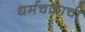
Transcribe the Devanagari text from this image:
धर्मचक्राची